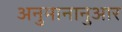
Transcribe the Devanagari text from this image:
अनुमानानुआर